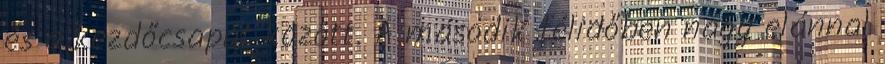
és a kezdőcsapat között. A második félidőben nagy elánnal